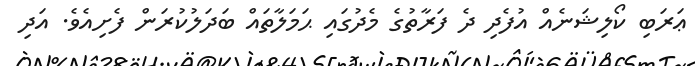
ޢަރަބި ކޯލިޝަނެއް އުފެދި ދެ ފަރާތުގެ މެދުގައި ޙަމަލާތައް ބަދަލުކުރަން ފެށިއެވެ. އަދި